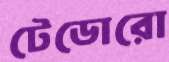
টেডোরো